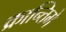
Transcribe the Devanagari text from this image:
क्रान्तिमे